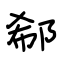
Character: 郗